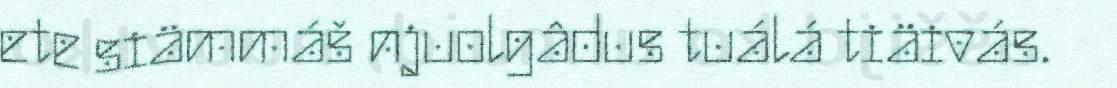
ete siämmáš njuolgâdus tuálá tiäivás.